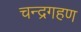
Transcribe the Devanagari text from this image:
चन्द्रगहण